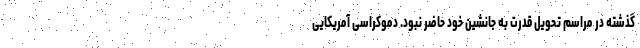
گذشته در مراسم تحویل قدرت به جانشین خود حاضر نبود. دموکراسی آمریکایی